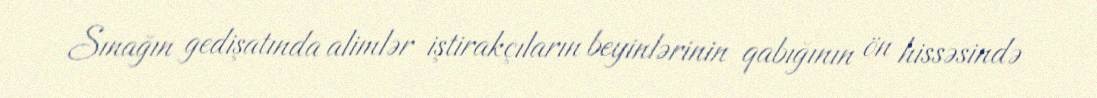
Sınağın gedişatında alimlər iştirakçıların beyinlərinin qabığının ön hissəsində